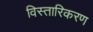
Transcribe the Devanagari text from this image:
विस्तारिकरण